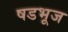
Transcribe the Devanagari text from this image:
षडभूज